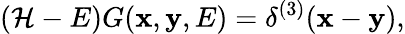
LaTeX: \left({\cal H}-E\right)G({\mathbf x},{\mathbf y},E)=\delta^{(3)}({\mathbf x}-{\mathbf y}),